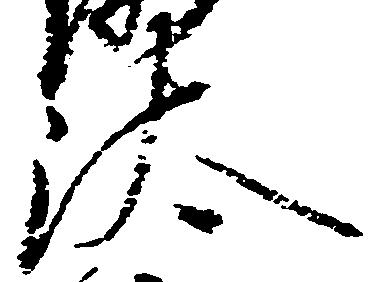
汰